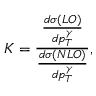
K = \frac { \frac { d \sigma ( L O ) } { d p _ { T } ^ { \gamma } } } { \frac { d \sigma ( N L O ) } { d p _ { T } ^ { \gamma } } } ,